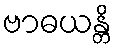
ဗာဓယန္တိ